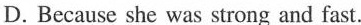
D.Because she was strong and fast.